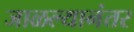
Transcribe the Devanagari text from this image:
जाळल्यानंतर